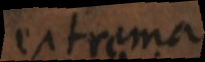
extrema